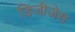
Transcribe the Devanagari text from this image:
डिजीजेस